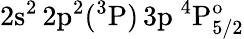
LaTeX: \mathrm{2s^{2}\, 2p^{2}(^{3}P)\, 3p~^{4}P_{5/2}^{o}}